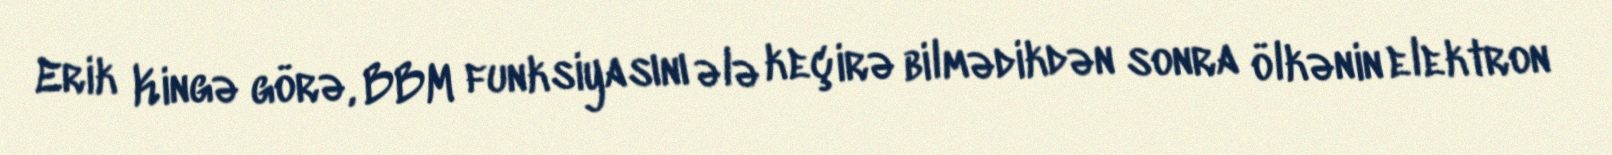
Erik Kingə görə, BBM funksiyasını ələ keçirə bilmədikdən sonra ölkənin elektron